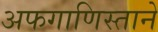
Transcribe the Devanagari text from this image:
अफगाणिस्ताने